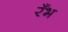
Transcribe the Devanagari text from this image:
रँभ